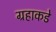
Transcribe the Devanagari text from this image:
ग्रहाकडे